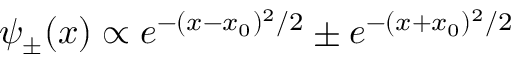
\psi _ { \pm } ( x ) \propto e ^ { - ( x - x _ { 0 } ) ^ { 2 } / 2 } \pm e ^ { - ( x + x _ { 0 } ) ^ { 2 } / 2 }